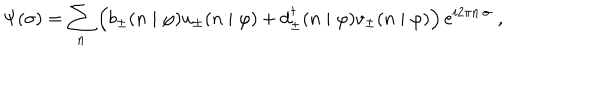
\Psi ( \sigma ) = \sum _ { n } \left( b _ { \pm } ( n \mid \varphi ) u _ { \pm } ( n \mid \varphi ) + d _ { \pm } ^ { \dagger } ( n \mid \varphi ) v _ { \pm } ( n \mid \varphi ) \right) e ^ { i 2 \pi n \cdot \sigma } \; ,